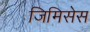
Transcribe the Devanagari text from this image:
जिमिसेस